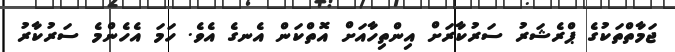
ޖަމާތްތަކުގެ ޕްރެޝަރު ސަރުކާރަށް އިންތިހާއަށް އޮތްކަން އެނގެ އެވެ. ހަމަ އެހެންމެ ސަރުކާރު